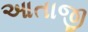
આતાજી